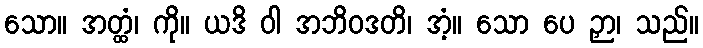
သော။ အတ္ထံ၊ ကို။ ယဒိ ဝါ အဘိဝဒတိ၊ အံ့။ သော ပေ ဉှာ၊ သည်။